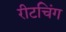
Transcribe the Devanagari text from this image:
रीटचिंग